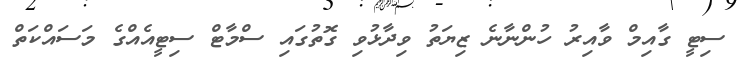
ސިޓީ ގާއިމް ވާއިރު ހުންނާނެ ޒިޔަތު ވިދާޅުވި ގޮތުގައި ސްމާޓް ސިޓީއެއްގެ މަސައްކަތް